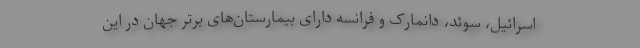
اسرائیل، سوئد، دانمارک و فرانسه دارای بیمارستان‌های برتر جهان در این